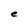
Character: e